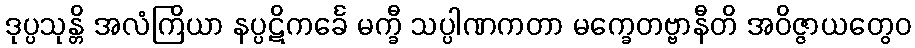
ဒုပ္ပသုန္တိ အလံကြိယာ နပ္ပဋိကင်္ခေ မက္ခီ သပ္ပါဏကတာ မက္ခေတဗ္ဗာနီတိ အဝိဇ္ဇာယတွေဝ